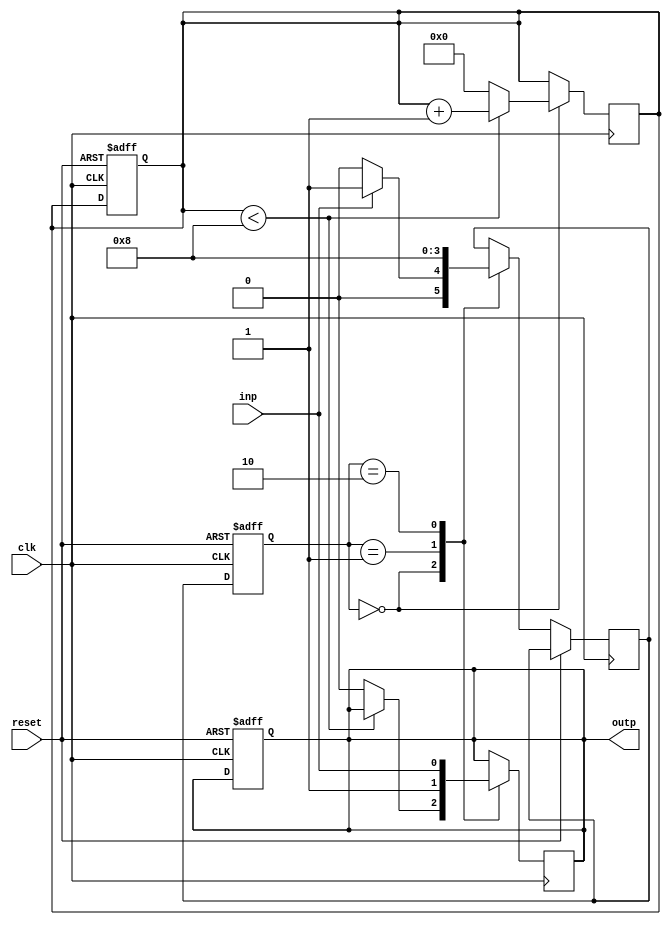
module mealy_state_machine (
    input clk,
    input reset,
    input inp,
    output reg outp
);

// State definition
parameter S0 = 2'b00;
parameter S1 = 2'b01;
parameter S2 = 2'b10;

// Internal state
reg [1:0] state, next_state;

// Wait state counter
reg [7:0] wait_counter;

always @ (posedge clk or posedge reset)
begin
    if (reset)
    begin
        state <= S0;
        outp <= 1'b0;
        wait_counter <= 8'b0;
    end
    else
    begin
        state <= next_state;
        case(state)
            S0: begin
                if (inp)
                    next_state = S1;
                else
                    next_state = S0;
            end
            S1: begin
                next_state = S2;
            end
            S2: begin
                next_state = S0;
            end
        endcase
    end
end

always @ (posedge clk)
begin
    case(state)
        S0: begin
            if (wait_counter < 8)
                wait_counter <= wait_counter + 1;
            else
            begin
                outp <= 1'b0;
                wait_counter <= 8'b0;
            end
        end
        S1: begin
            outp <= 1'b1;
        end
        S2: begin
            outp <= inp;
        end
    endcase
end

endmodule